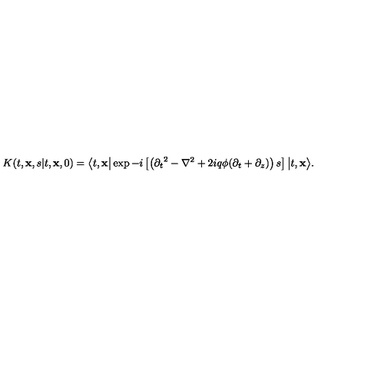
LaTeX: K ( t , { \bf x } , s \vert t , { \bf x } , 0 ) = \big \langle t , { \bf x } \big \vert \exp - i \left[ \left( { \partial _ { t } } ^ { 2 } - { \nabla } ^ { 2 } + 2 i q \phi ( \partial _ { t } + \partial _ { z } ) \right) s \right] \big \vert t , { \bf x } \big \rangle .